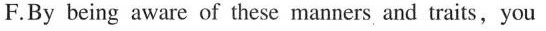
F.By being aware of these manners and traits,you can